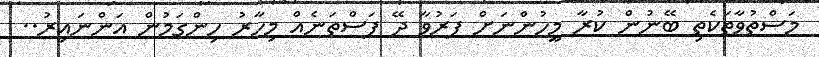
މަސްތުވާތަކެތި ބޭނުން ކުރާ މީހުންނަށް ފަރުވާ ދޭ ފަސްތަނެއް މިހާރު ހިންގަމުން އަންނައިރު..